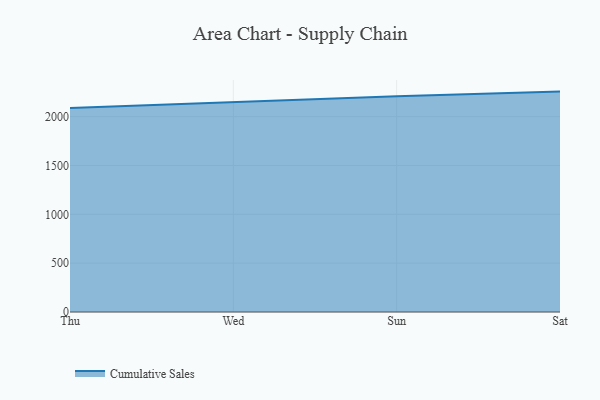
{"axis": {"x": "Day", "y": "LTV (USD)"}, "legend": ["Cumulative Sales"], "data": [{"x": "Thu", "y": 2089.2, "type": "Cumulative Sales"}, {"x": "Wed", "y": 2151.4, "type": "Cumulative Sales"}, {"x": "Sun", "y": 2208.1, "type": "Cumulative Sales"}, {"x": "Sat", "y": 2255.9, "type": "Cumulative Sales"}]}